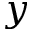
y